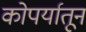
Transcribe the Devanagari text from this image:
कोपर्यातून